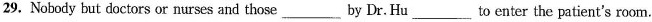
29. Nobody but doctors or nurses and those___by Dr. Hu___to enter the patient's room.